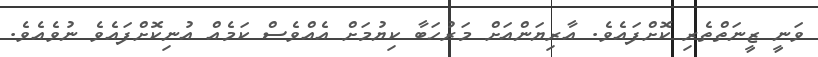
ވަނީ ޒީނަތްތެރި ކޮށްފައެވެ. އާރިޔަންއަށް މަރުހަބާ ކިޔުމަށް އެއްވެސް ކަމެއް އުނިކޮށްފައެވެ ނުވެއެވެ.